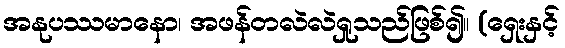
အနုပဿမာနော၊ အဖန်တလဲလဲရှုသည်ဖြစ်၍။ (ရှေးနှင့်